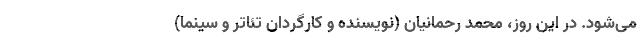
می‌شود. در این روز، محمد رحمانیان (نویسنده و کارگردان تئاتر و سینما)